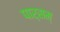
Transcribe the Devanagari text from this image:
पार्सम्